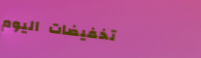
تخفيضات اليوم